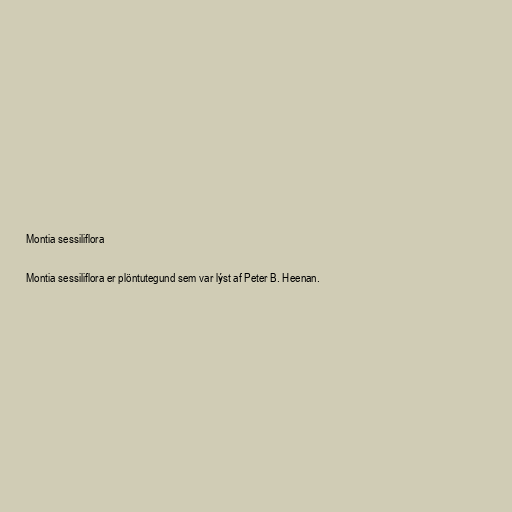
Montia sessiliflora

Montia sessiliflora er plöntutegund sem var lýst af Peter B. Heenan.